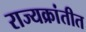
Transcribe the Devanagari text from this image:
राज्यक्रांतीत